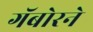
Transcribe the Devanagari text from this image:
गॅबोरने